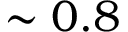
\sim 0 . 8